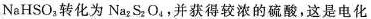
NaHSO_{3}转化为Na_{2}S_{2}O_{4}，并获得较浓的硫酸，这是电化